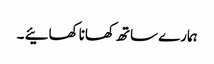
ہمارے ساتھ کھانا کھائیے ۔